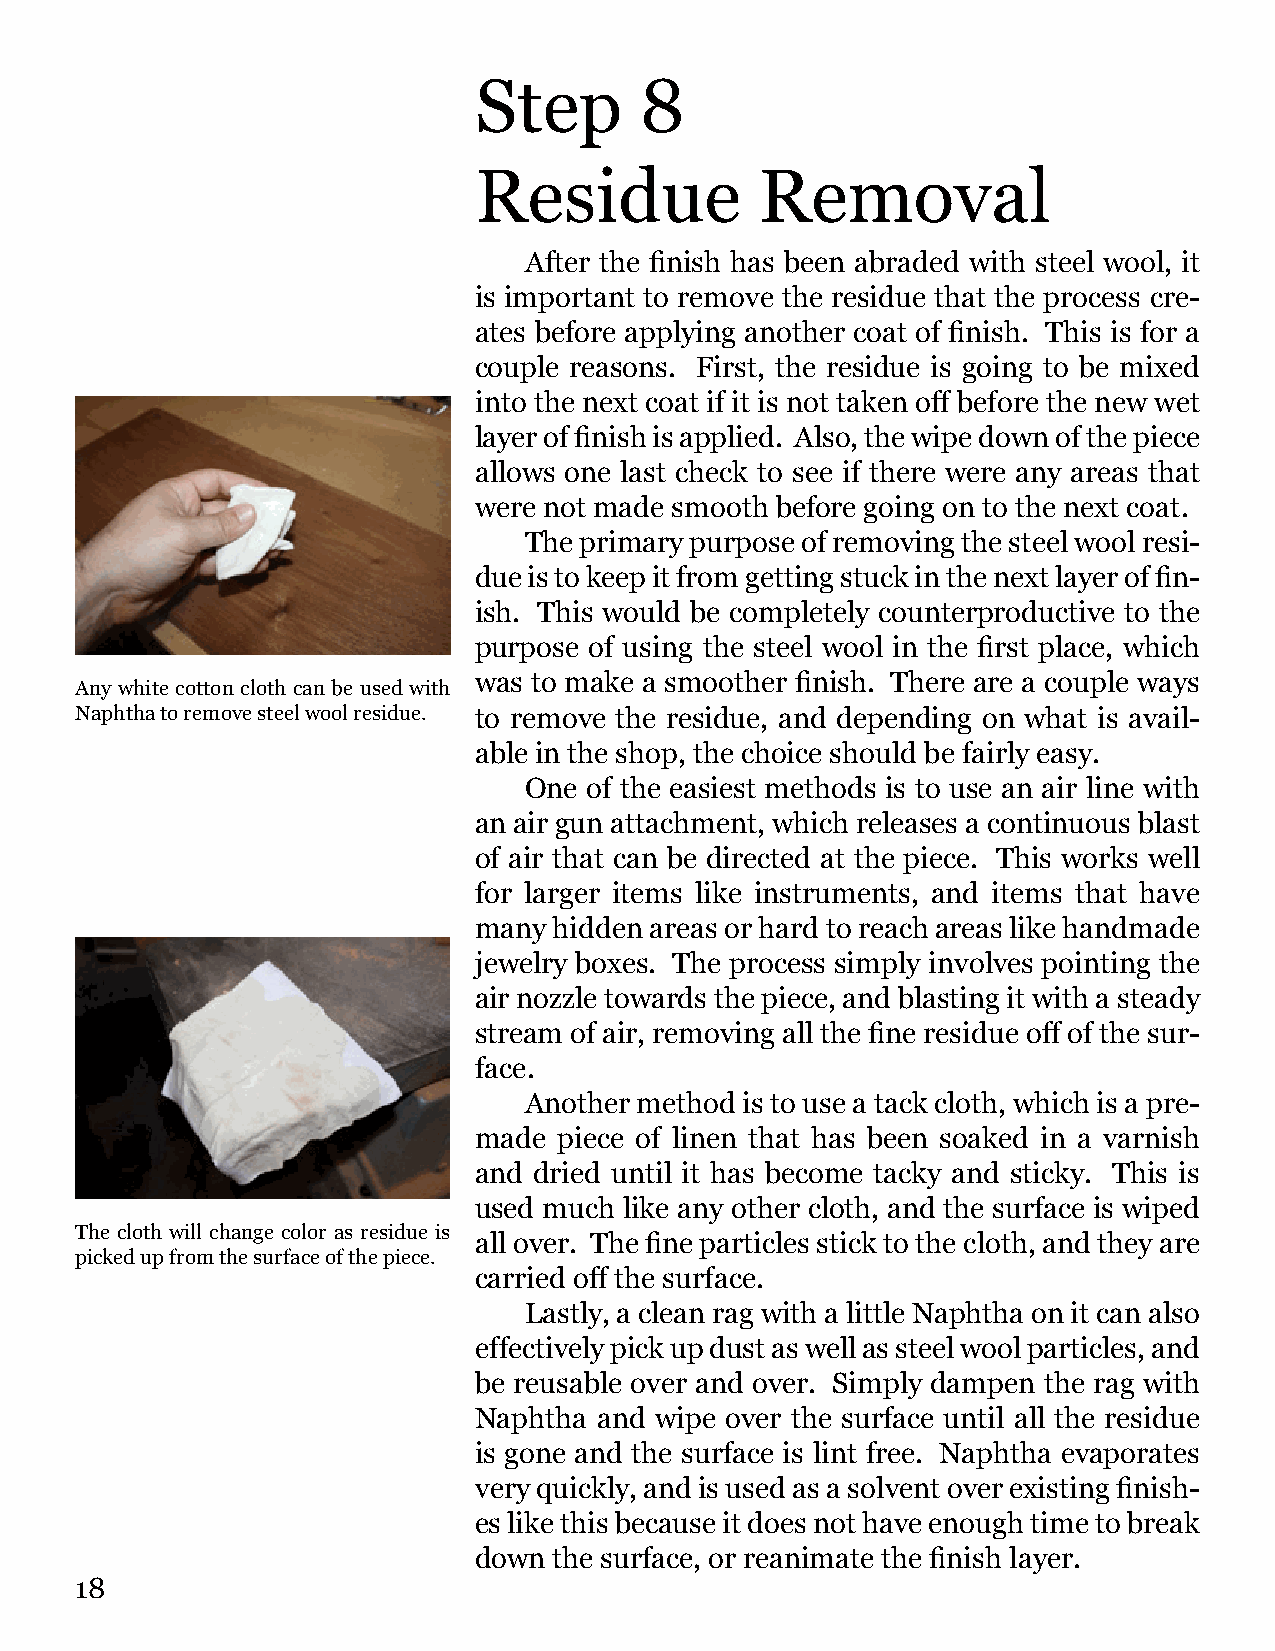
Step       8
 Residue            Removal
 After the finish has been abraded with steel wool, it
 is important to remove the residue that the process cre-
 ates before applying another coat of finish. This is for a
 couple reasons. First, the residue is going to be mixed
 into the next coat if it is not taken off before the new wet
 layer of finish is applied. Also, the wipe down of the piece
 allows one last check to see if there were any areas that
 were not made smooth before going on to the next coat.
 The primary purpose of removing the steel wool resi-
 due is to keep it from getting stuck in the next layer of fin-
 ish. This would be completely counterproductive to the
 purpose of using the steel wool in the first place, which
 was to make a smoother finish. There are a couple ways
 Any white cotton cloth can be used with
 Naphtha to remove steel wool residue. to remove the residue, and depending on what is avail-
 able in the shop, the choice should be fairly easy.
 One of the easiest methods is to use an air line with
 an air gun attachment, which releases a continuous blast
 of air that can be directed at the piece. This works well
 for larger items like instruments, and items that have
 many  hidden areas or hard to reach areas like handmade
 jewelry boxes. The process simply involves pointing the
 air nozzle towards the piece, and blasting it with a steady
 stream of air, removing all the fine residue off of the sur-
 face.
 Another method is to use a tack cloth, which is a pre-
 made  piece of linen that has been soaked in a varnish
 and dried until it has become tacky and sticky. This is
 used much like any other cloth, and the surface is wiped
 The cloth will change color as residue is
 all over. The fine particles stick to the cloth, and they are
 picked up from the surface of the piece.
 carried off the surface.
 Lastly, a clean rag with a little Naphtha on it can also
 effectively pick up dust as well as steel wool particles, and
 be reusable over and over. Simply dampen the rag with
 Naphtha  and wipe over the surface until all the residue
 is gone and the surface is lint free. Naphtha evaporates
 very quickly, and is used as a solvent over existing finish-
 es like this because it does not have enough time to break
 down  the surface, or reanimate the finish layer.
 18